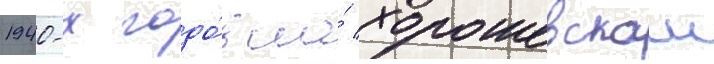
1940-х годо́в на́ хорошевском